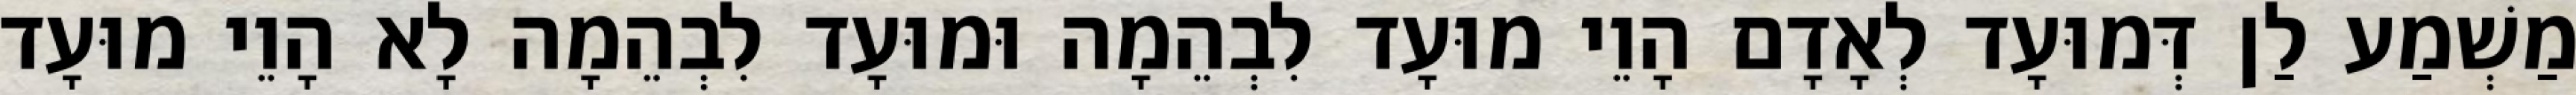
מַשְׁמַע לַן דְּמוּעָד לְאָדָם הָוֵי מוּעָד לִבְהֵמָה וּמוּעָד לִבְהֵמָה לָא הָוֵי מוּעָד